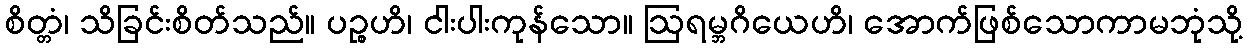
စိတ္တံ၊ သိခြင်းစိတ်သည်။ ပဉ္စဟိ၊ ငါးပါးကုန်သော။ ဩရမ္ဘဂိယေဟိ၊ အောက်ဖြစ်သောကာမဘုံသို့